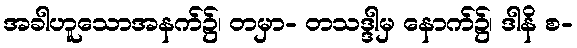
အခါဟူသောအနက်၌၊ တမှာ- တသဒ္ဒါမှ နောက်၌၊ ဒါနိ စ-